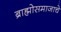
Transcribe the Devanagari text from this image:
ब्राह्मोसमाजाचे